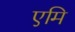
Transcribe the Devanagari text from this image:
एमि